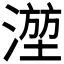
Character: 𬈮